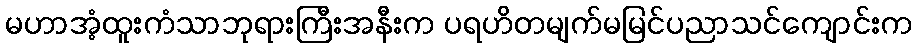
မဟာအံ့ထူးကံသာဘုရားကြီးအနီးက ပရဟိတမျက်မမြင်ပညာသင်ကျောင်းက